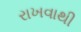
રાખવાથી